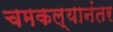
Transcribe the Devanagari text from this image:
चमकल्यानंतर